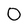
Character: 0